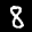
Label: 8